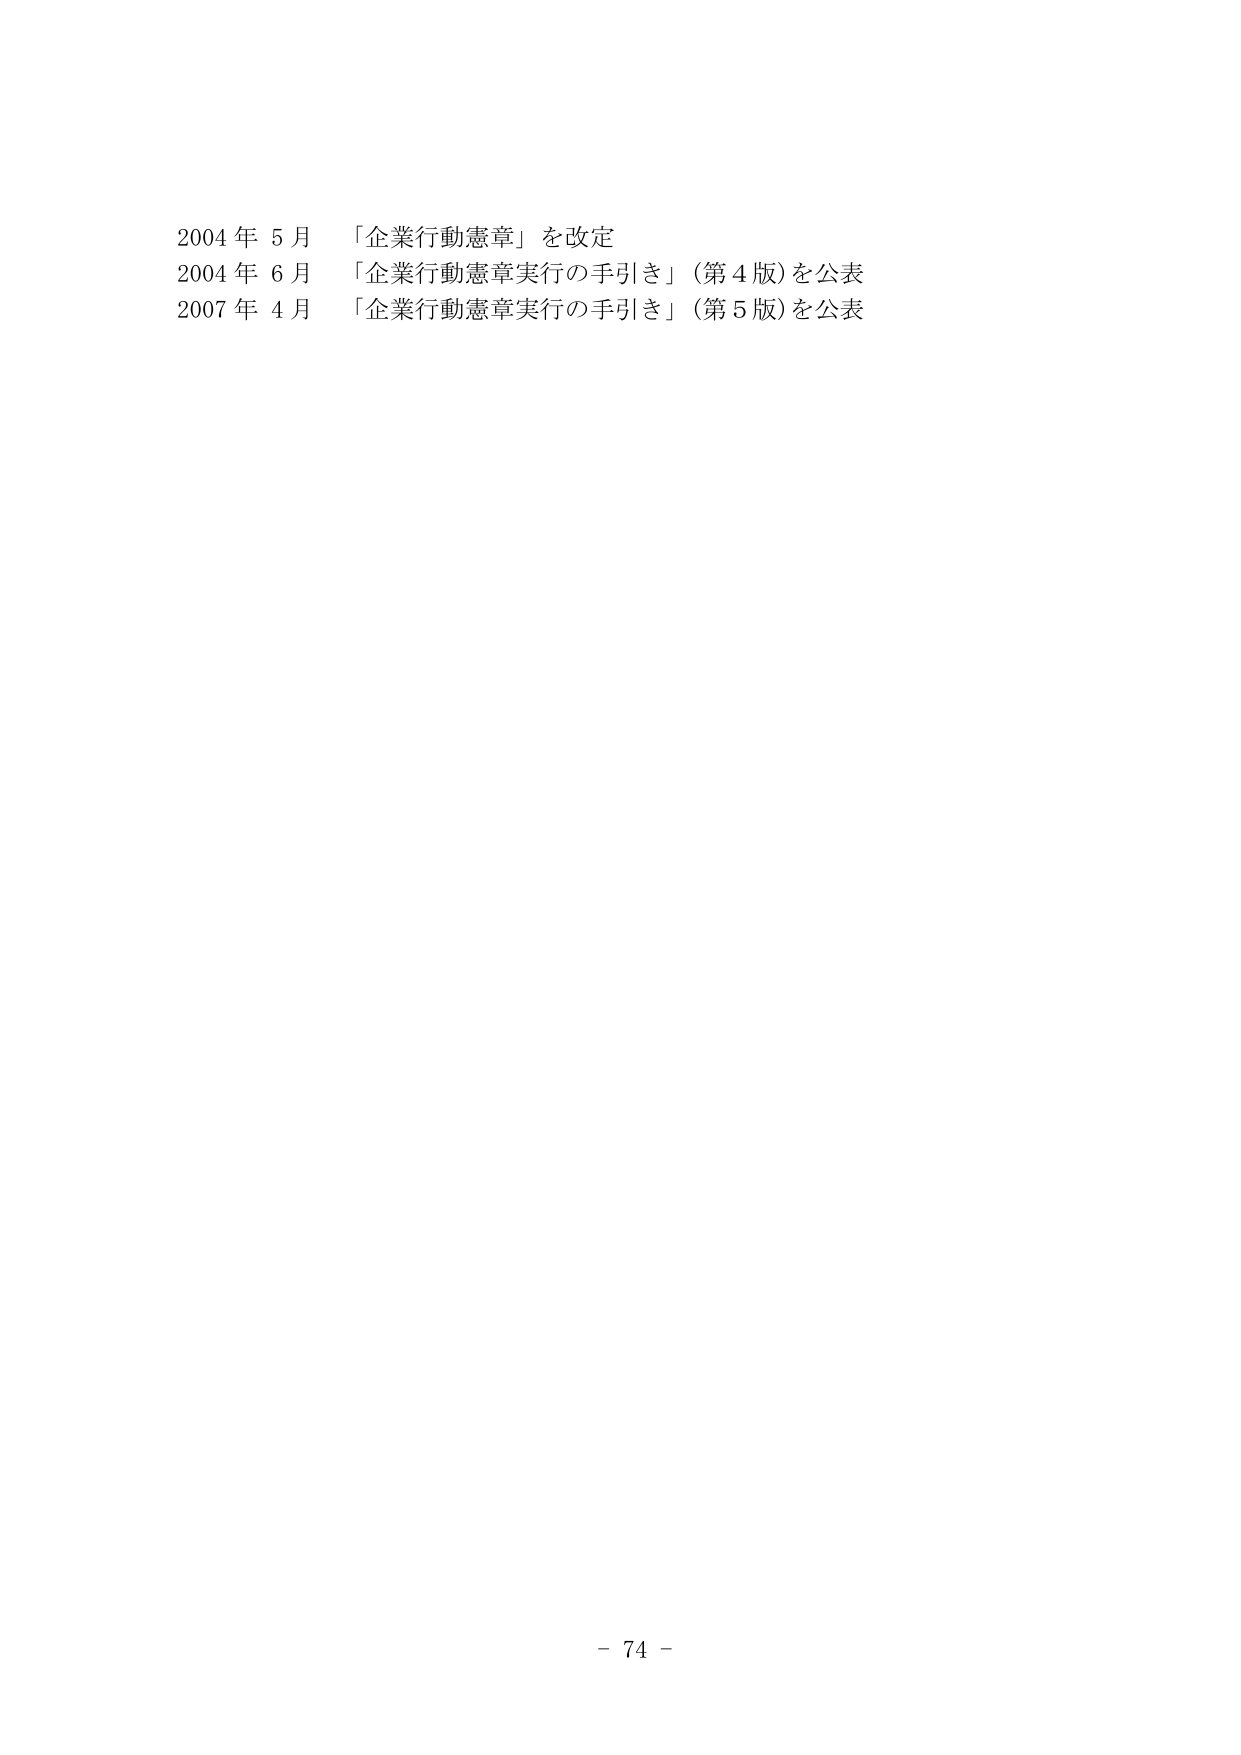
2004年5月 「企業行動憲章」を改定
2004年6月 「企業行動憲章実行の手引き」（第4版）を公表
2007年4月 「企業行動憲章実行の手引き」（第5版）を公表

- 74 -